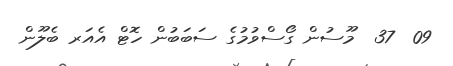
09  37  މޫސުން ގޯސްވުމުގެ ސަބަބުން ހޮޓް އެއަރ ބެލޫން